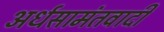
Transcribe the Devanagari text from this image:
अर्धसामंतवादी